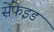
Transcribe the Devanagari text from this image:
सेफेइड